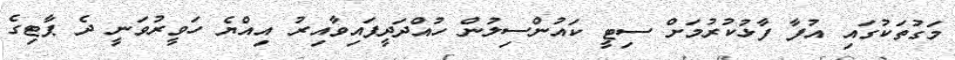
މަގުތަކުގައި އުފާ ފާޅުކުރުމަށް ސިޓީ ކައުންސިލުން ހުއްދަދީފައިވާއިރު އިއްޔެ ހަވީރުވަނީ ދެ ޕާޓިގެ